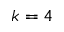
k = 4